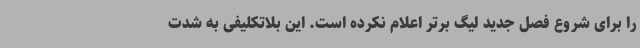
را برای شروع فصل جدید لیگ برتر اعلام نکرده است. این بلاتکلیفی به شدت